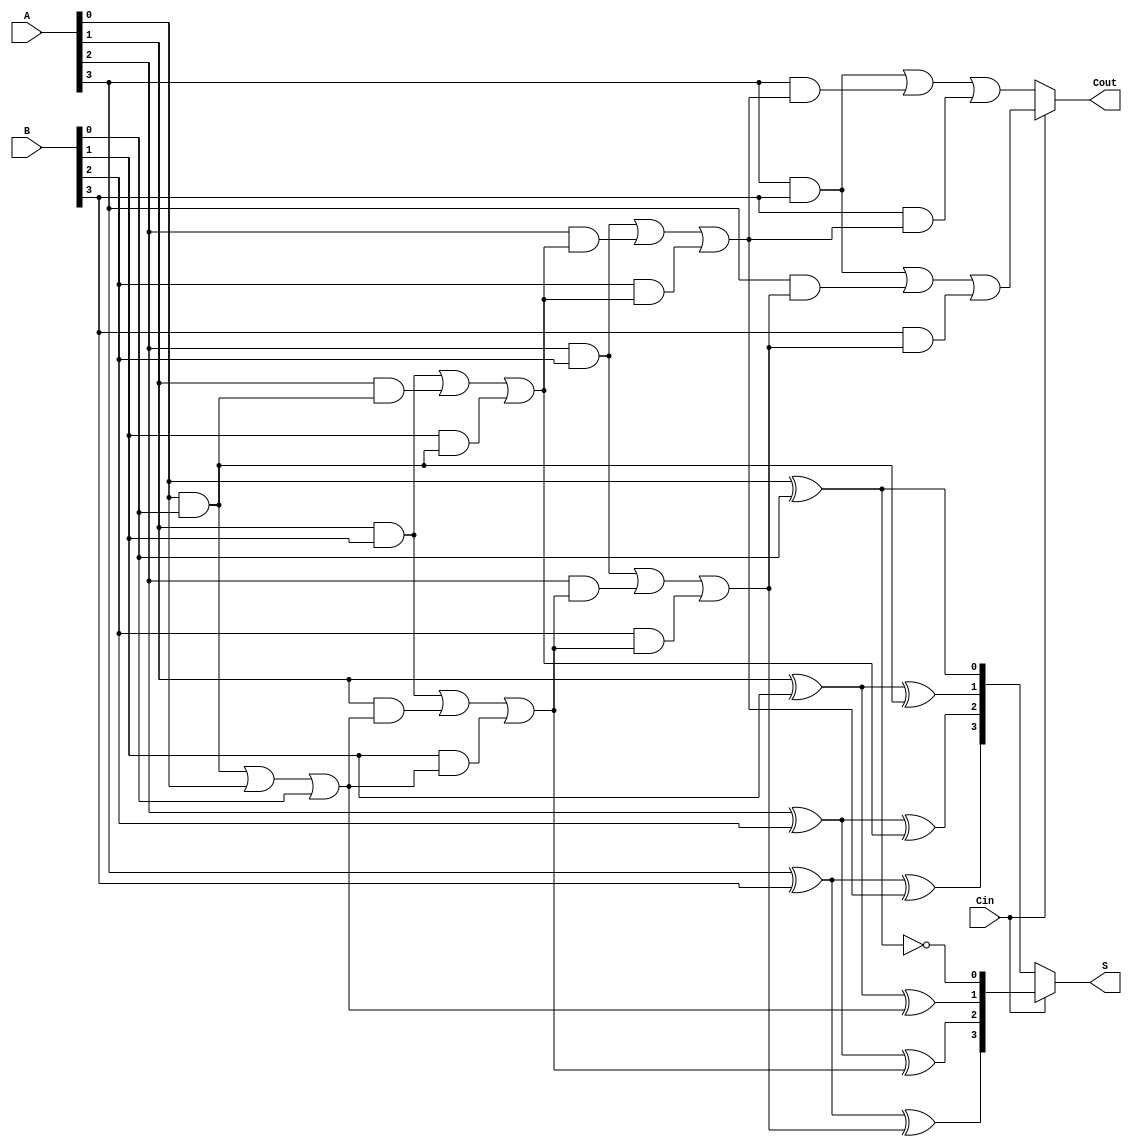
module DynamicCarrySelectAdder #(parameter N = 4) (
    input [N-1:0] A,      // First n-bit input
    input [N-1:0] B,      // Second n-bit input
    input Cin,            // Carry-in
    output [N-1:0] S,     // n-bit sum output
    output Cout           // Carry-out
);

    // Internal wires for carry and sum
    wire [N-1:0] S0, S1;  // Sums for Cin = 0 and Cin = 1
    wire [N:0] C0, C1;    // Carries for Cin = 0 and Cin = 1

    // Generate the full adders for both carry-in conditions
    genvar i;
    generate
        for (i = 0; i < N; i = i + 1) begin : full_adder
            if (i == 0) begin
                // First bit (LSB)
                assign S0[i] = A[i] ^ B[i] ^ 1'b0; // S for Cin = 0
                assign S1[i] = A[i] ^ B[i] ^ 1'b1; // S for Cin = 1
                assign C0[i+1] = (A[i] & B[i]) | (A[i] & 1'b0) | (B[i] & 1'b0); // Carry for Cin = 0
                assign C1[i+1] = (A[i] & B[i]) | (A[i] & 1'b1) | (B[i] & 1'b1); // Carry for Cin = 1
            end else begin
                // Subsequent bits
                assign S0[i] = A[i] ^ B[i] ^ C0[i]; // S for Cin = 0
                assign S1[i] = A[i] ^ B[i] ^ C1[i]; // S for Cin = 1
                assign C0[i+1] = (A[i] & B[i]) | (A[i] & C0[i]) | (B[i] & C0[i]); // Carry for Cin = 0
                assign C1[i+1] = (A[i] & B[i]) | (A[i] & C1[i]) | (B[i] & C1[i]); // Carry for Cin = 1
            end
        end
    endgenerate

    // MUX to select the correct sum based on Cin
    assign S = (Cin) ? S1 : S0;

    // Determine the final carry-out
    assign Cout = (Cin) ? C1[N] : C0[N];

endmodule